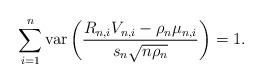
LaTeX: \begin{align*}\sum_{i=1}^n \mbox{var}\left(\frac{R_{n,i}V_{n,i}-\rho_n\mu_{n,i}}{s_n\sqrt{n\rho_n}}\right)=1.\end{align*}